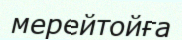
мерейтойға